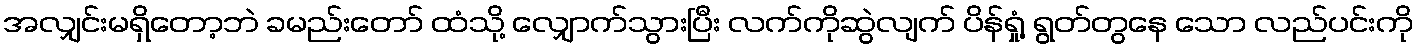
အလျှင်းမရှိတော့ဘဲ ခမည်းတော် ထံသို့ လျှောက်သွားပြီး လက်ကိုဆွဲလျက် ပိန်ရှုံ့ ရွတ်တွနေ သော လည်ပင်းကို